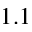
1 . 1